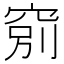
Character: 𥦂